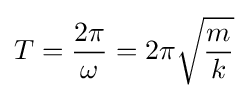
T={\frac {2\pi }{\omega }}=2\pi {\sqrt {\frac {m}{k}}}